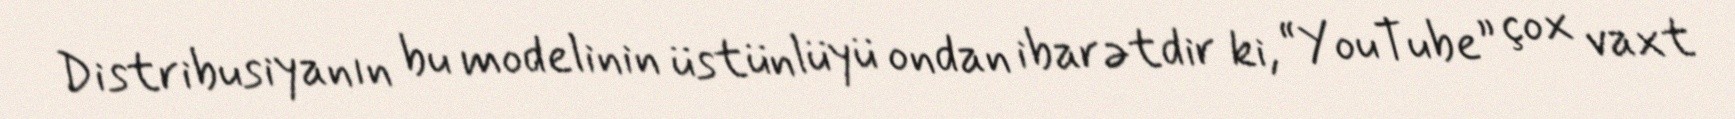
Distribusiyanın bu modelinin üstünlüyü ondan ibarətdir ki, “YouTube” çox vaxt